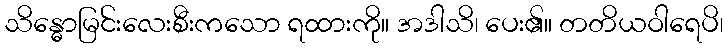
သိန္ဓောမြင်းလေးစီးကသော ရထားကို။ အဒါသိ၊ ပေး၏။ တတိယဝါရေပိ၊